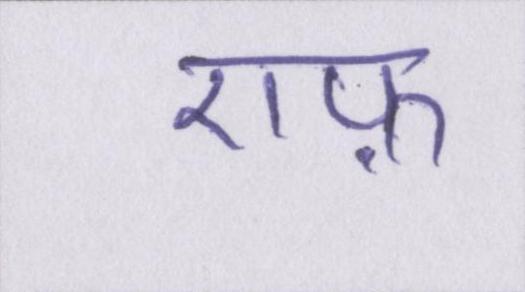
एफ़